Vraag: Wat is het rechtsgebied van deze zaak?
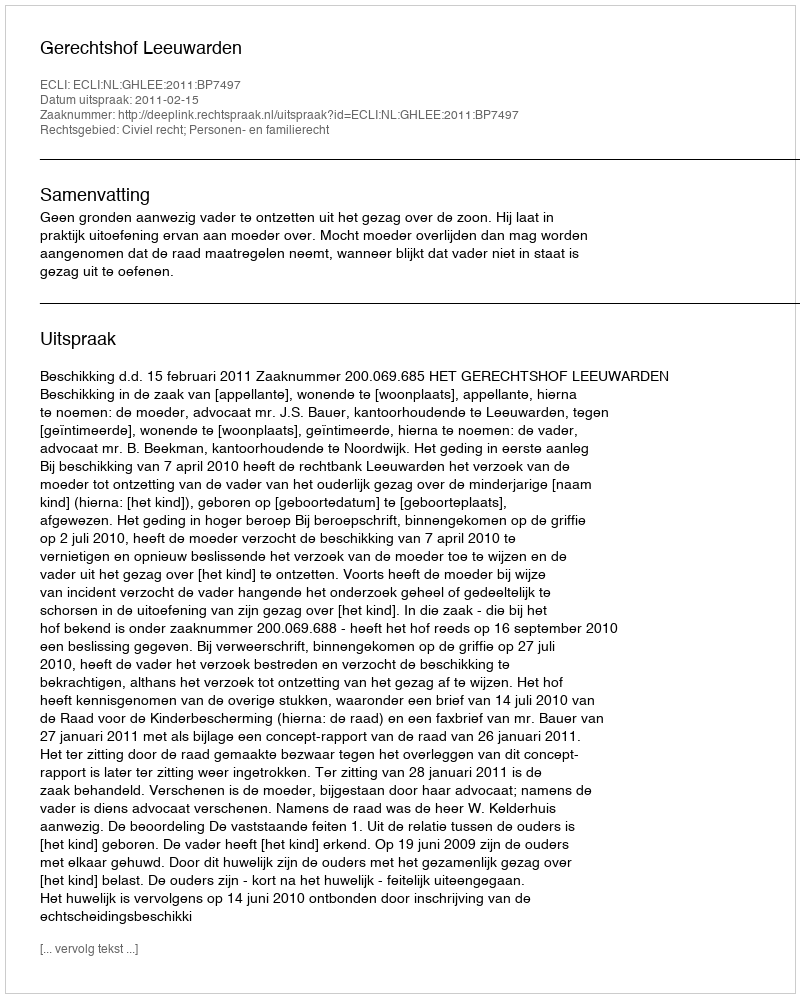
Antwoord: Civiel recht; Personen- en familierecht